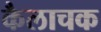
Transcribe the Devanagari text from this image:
कैलाचक